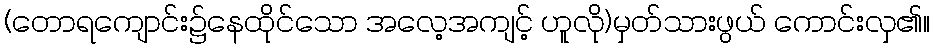
(တောရကျောင်း၌နေထိုင်သော အလေ့အကျင့် ဟူလို)မှတ်သားဖွယ် ကောင်းလှ၏။